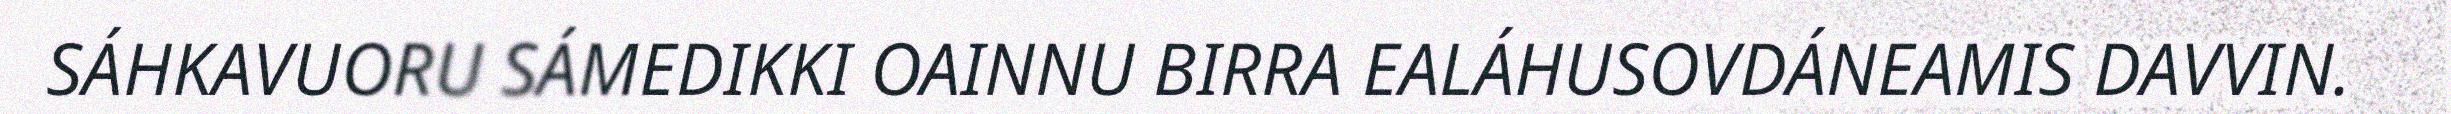
SÁHKAVUORU SÁMEDIKKI OAINNU BIRRA EALÁHUSOVDÁNEAMIS DAVVIN.